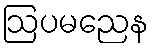
ဩပမညေန